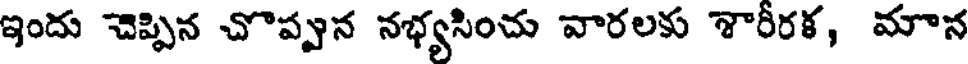
ఇందు చెప్పిన చొప్పున నభ్యసించు వారలకు శారీరక, మాన